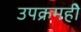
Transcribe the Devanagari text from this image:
उपक्रमहीे